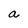
Character: a